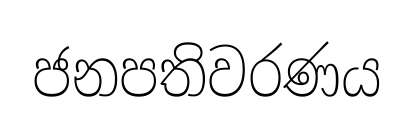
ජනපතිවරණය